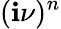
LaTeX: (\mathbf{i}\nu)^{n}